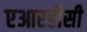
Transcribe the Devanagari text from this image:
एआरडीसी